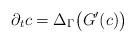
LaTeX: \begin{align*}\partial_t c = \Delta_\Gamma \big( G'(c) \big)\end{align*}